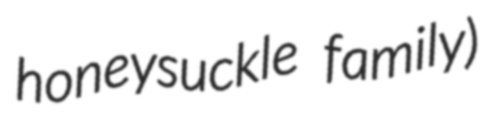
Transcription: honeysuckle family)